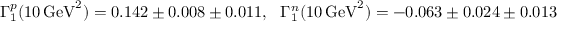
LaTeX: \Gamma _ { 1 } ^ { p } ( 1 0 \, \mathrm { { G e V } } ^ { 2 } ) = 0 . 1 4 2 \pm 0 . 0 0 8 \pm 0 . 0 1 1 , \: \: \: \Gamma _ { 1 } ^ { n } ( 1 0 \, { \mathrm { G e V } } ^ { 2 } ) = - 0 . 0 6 3 \pm 0 . 0 2 4 \pm 0 . 0 1 3